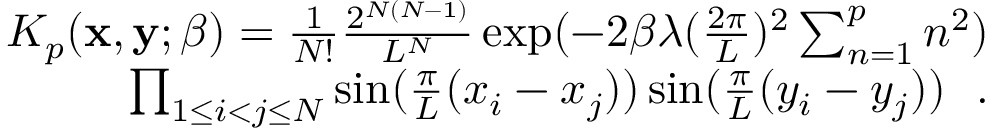
\begin{array} { r } { K _ { p } ( { \bf x } , { \bf y } ; \beta ) = \frac { 1 } { N ! } \frac { 2 ^ { N ( N - 1 ) } } { L ^ { N } } \exp ( - 2 \beta \lambda ( \frac { 2 \pi } { L } ) ^ { 2 } \sum _ { n = 1 } ^ { p } n ^ { 2 } ) } \\ { \prod _ { 1 \le i < j \le N } \sin ( \frac { \pi } { L } ( x _ { i } - x _ { j } ) ) \sin ( \frac { \pi } { L } ( y _ { i } - y _ { j } ) ) ~ ~ . } \end{array}